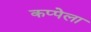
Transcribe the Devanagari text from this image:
कप्पेला